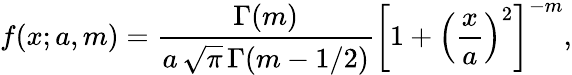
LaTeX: f(x;a,m)={\frac{\Gamma(m)}{a\, {\sqrt{\pi}}\, \Gamma(m-1/2)}}\left[1+\left({\frac{x}{a}}\right)^{2}\right]^{-m},